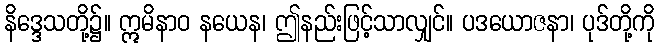
နိဒ္ဒေသတို့၌။ ဣမိနာဝ နယေန၊ ဤနည်းဖြင့်သာလျှင်။ ပဒယောဇနာ၊ ပုဒ်တို့ကို